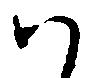
ハ